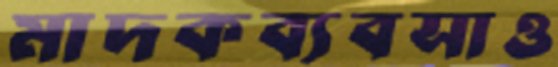
মাদকব্যবসাও